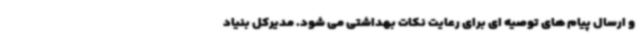
و ارسال پیام های توصیه ای برای رعایت نکات بهداشتی می شود. مدیرکل بنیاد